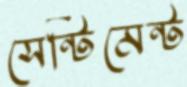
সেন্টিমেন্ট